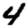
Digit: 4